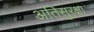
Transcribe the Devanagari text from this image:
अतिसुरक्षा